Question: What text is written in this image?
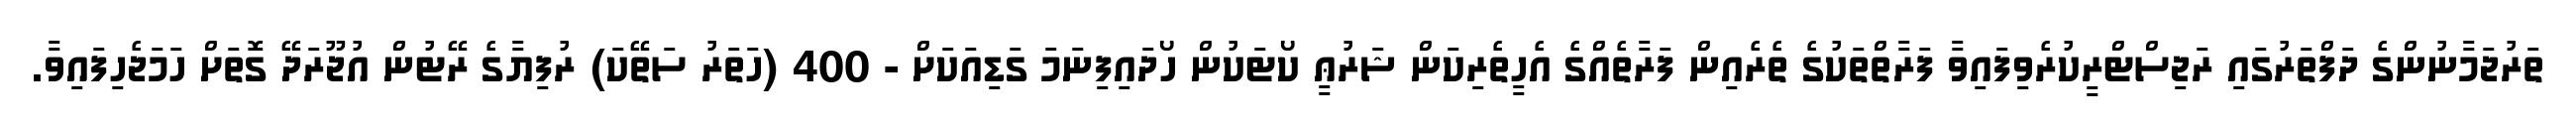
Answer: ތަރުޖަމާނުންގެ ދަފްތަރުގައި ރަޖިސްޓްރީކުރެވިފައިވާ ފަރާތްތަކުގެ ތެރެއިން ފަރާތެއްގެ އެހީތެރިކަން ޝަރުޢީ ކޯޓަކުން ހޯދައިފިނަމަ ގަޑިއަކަށް - 400 (ހަތަރު ސަތޭކަ) ރުފިޔާގެ ރޭޓުން އުޖޫރަދޭ ގޮތަށް ހަމަޖެހިފައިވާ.